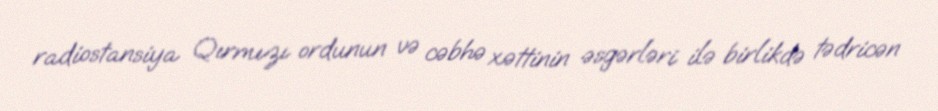
radiostansiya Qırmızı ordunun və cəbhə xəttinin əsgərləri ilə birlikdə tədricən